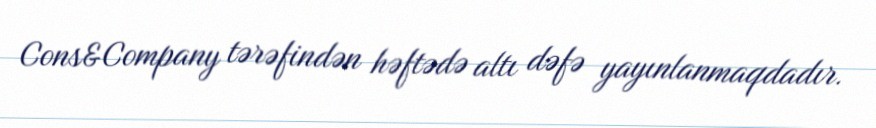
Cons&Company tərəfindən həftədə altı dəfə yayınlanmaqdadır.